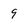
Character: 9